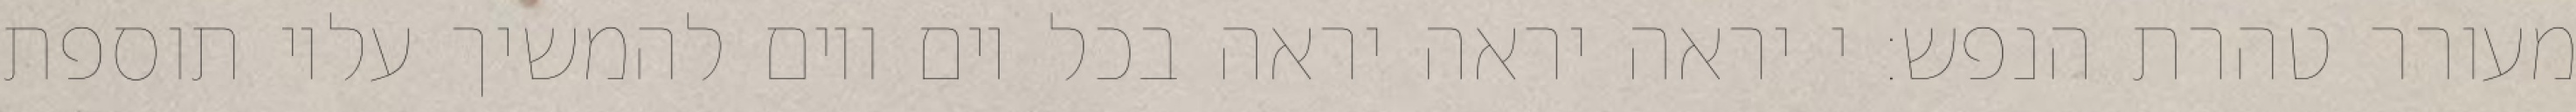
מעורר טהרת הנפש: י יראה יראה יראה בכל יום ויום להמשיך עליו תוספת